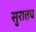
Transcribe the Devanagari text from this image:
सुरातच